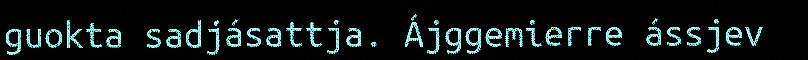
guokta sadjásattja. Ájggemierre ássjev